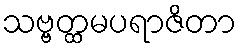
သဗ္ဗတ္ထမပရာဇိတာ